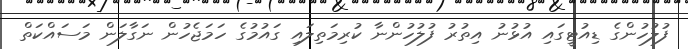
ފުލުހުންގެ ޑިއުޓީގައި އުޅުނު އިތުރު ފުލުހުންނާ ކުރިމަތިލައި ގައުމުގެ ހަމަޖެހުން ނަގާލަން މަސައްކަތް